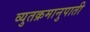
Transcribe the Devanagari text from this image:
व्युतक्रमानुपाती